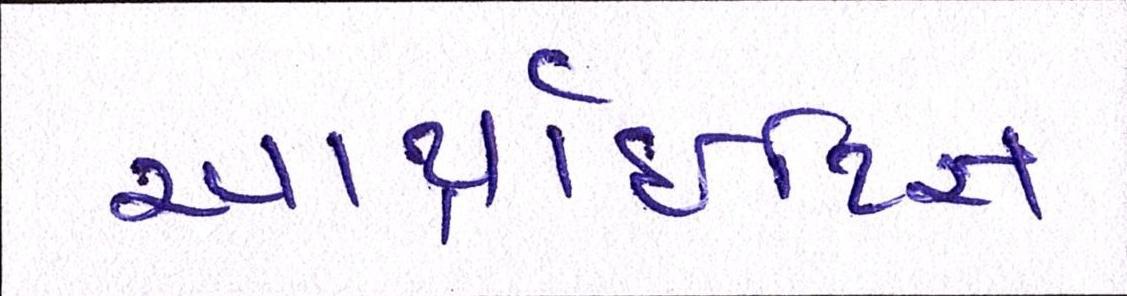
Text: આર્થ્રાઈટિસ